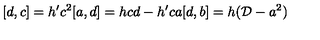
[ d , c ] = h ^ { \prime } c ^ { 2 } [ a , d ] = h c d - h ^ { \prime } c a [ d , b ] = h ( { \cal D } - a ^ { 2 } )